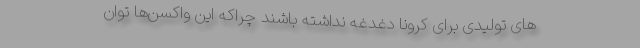
های تولیدی برای کرونا دغدغه‌ نداشته باشند چراکه این واکسن‌ها توان